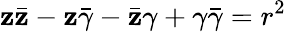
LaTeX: \mathbf{z}{\bar{{\mathbf{z}}}}-\mathbf{z}{\bar{{\gamma}}}-{\bar{{\mathbf{z}}}}\gamma+\gamma{\bar{{\gamma}}}=r^{2}